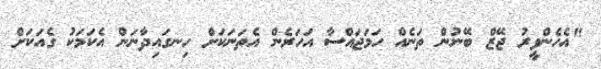
"އެހެންވީރު ޖޭޒް ބޭނުން ތަނެއް ހަމަޖައްސާ އަހަރެން އެތަނަކަށް ހިނގައިދާނަން އެކަމަކު ގެއަކަށް